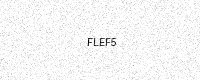
Text: FLEF5